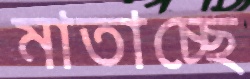
মাতাচ্ছে